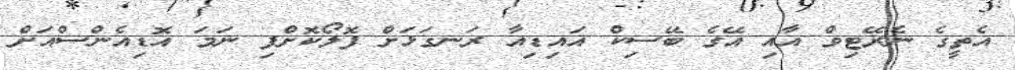
އެތީގެ ނެރޭޓިވް އާއި އޭގެ ބޭސިކް އައިޑިއާ ރަނގަޅަށް ފޮލޯކޮށްފި ނަމަ އޮޑިއެންސްއަށް